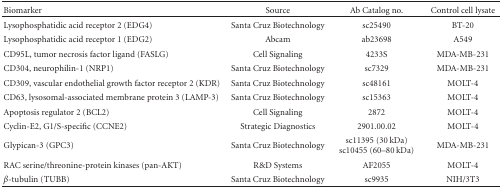
<table><thead><tr><td><b>Biomarker</b></td><td><b>Source</b></td><td><b>Ab Catalog no.</b></td><td><b>Control cell lysate</b></td></tr></thead><tbody><tr><td>Lysophosphatidic acid receptor 2 (EDG4)</td><td>Santa Cruz Biotechnology</td><td>sc25490</td><td>BT-20</td></tr><tr><td>Lysophosphatidic acid receptor 1 (EDG2)</td><td>Abcam</td><td>ab23698</td><td>A549</td></tr><tr><td>CD95L, tumor necrosis factor ligand (FASLG)</td><td>Cell Signaling</td><td>4233S</td><td>MDA-MB-231</td></tr><tr><td>CD304, neurophilin-1 (NRP1)</td><td>Santa Cruz Biotechnology</td><td>sc7329</td><td>MDA-MB-231</td></tr><tr><td>CD309, vascular endothelial growth factor receptor 2 (KDR)</td><td>Santa Cruz Biotechnology</td><td>sc48161</td><td>MOLT-4</td></tr><tr><td>CD63, lysosomal-associated membrane protein 3 (LAMP-3)</td><td>Santa Cruz Biotechnology</td><td>sc15363</td><td>MOLT-4</td></tr><tr><td>Apoptosis regulator 2 (BCL2)</td><td>Cell Signaling</td><td>2872</td><td>MOLT-4</td></tr><tr><td>Cyclin-E2, G1/S-specific (CCNE2)</td><td>Strategic Diagnostics</td><td>2901.00.02</td><td>MOLT-4</td></tr><tr><td>Glypican-3 (GPC3)</td><td>Santa Cruz Biotechnology</td><td>sc11395 (30 kDa) sc10455 (60–80 kDa)</td><td>MDA-MB-231</td></tr><tr><td>RAC serine/threonine-protein kinases (pan-AKT)</td><td>R&amp;D Systems</td><td>AF2055</td><td>MOLT-4</td></tr><tr><td><i>β</i>-tubulin (TUBB)</td><td>Santa Cruz Biotechnology</td><td>sc9935</td><td>NIH/3T3</td></tr></tbody></table>